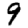
Digit: 9